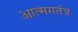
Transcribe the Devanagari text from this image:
आत्मगतंत्र